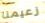
زعيمنا